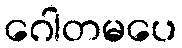
ဂေါတမပေ